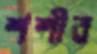
শশীব